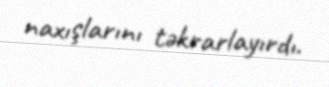
naxışlarını təkrarlayırdı.